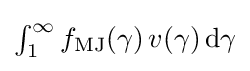
{\textstyle \int _{1}^{\infty }f_{\text{MJ}}(\gamma )\,v(\gamma )\,\mathrm {d} \gamma }